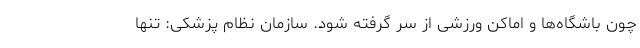
چون باشگاه‌ها و اماکن ورزشی از سر گرفته شود. سازمان نظام پزشکی: تنها